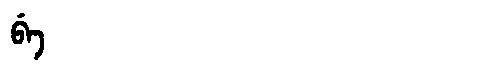
Manchu: ᠪᡝ
Romanization: BE